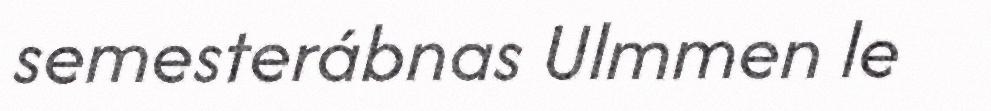
semesterábnas Ulmmen le